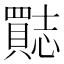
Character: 𮚣